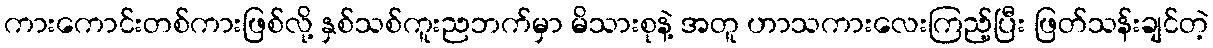
ကားကောင်းတစ်ကားဖြစ်လို့ နှစ်သစ်ကူးညဘက်မှာ မိသားစုနဲ့ အတူ ဟာသကားလေးကြည့်ပြီး ဖြတ်သန်းချင်တဲ့